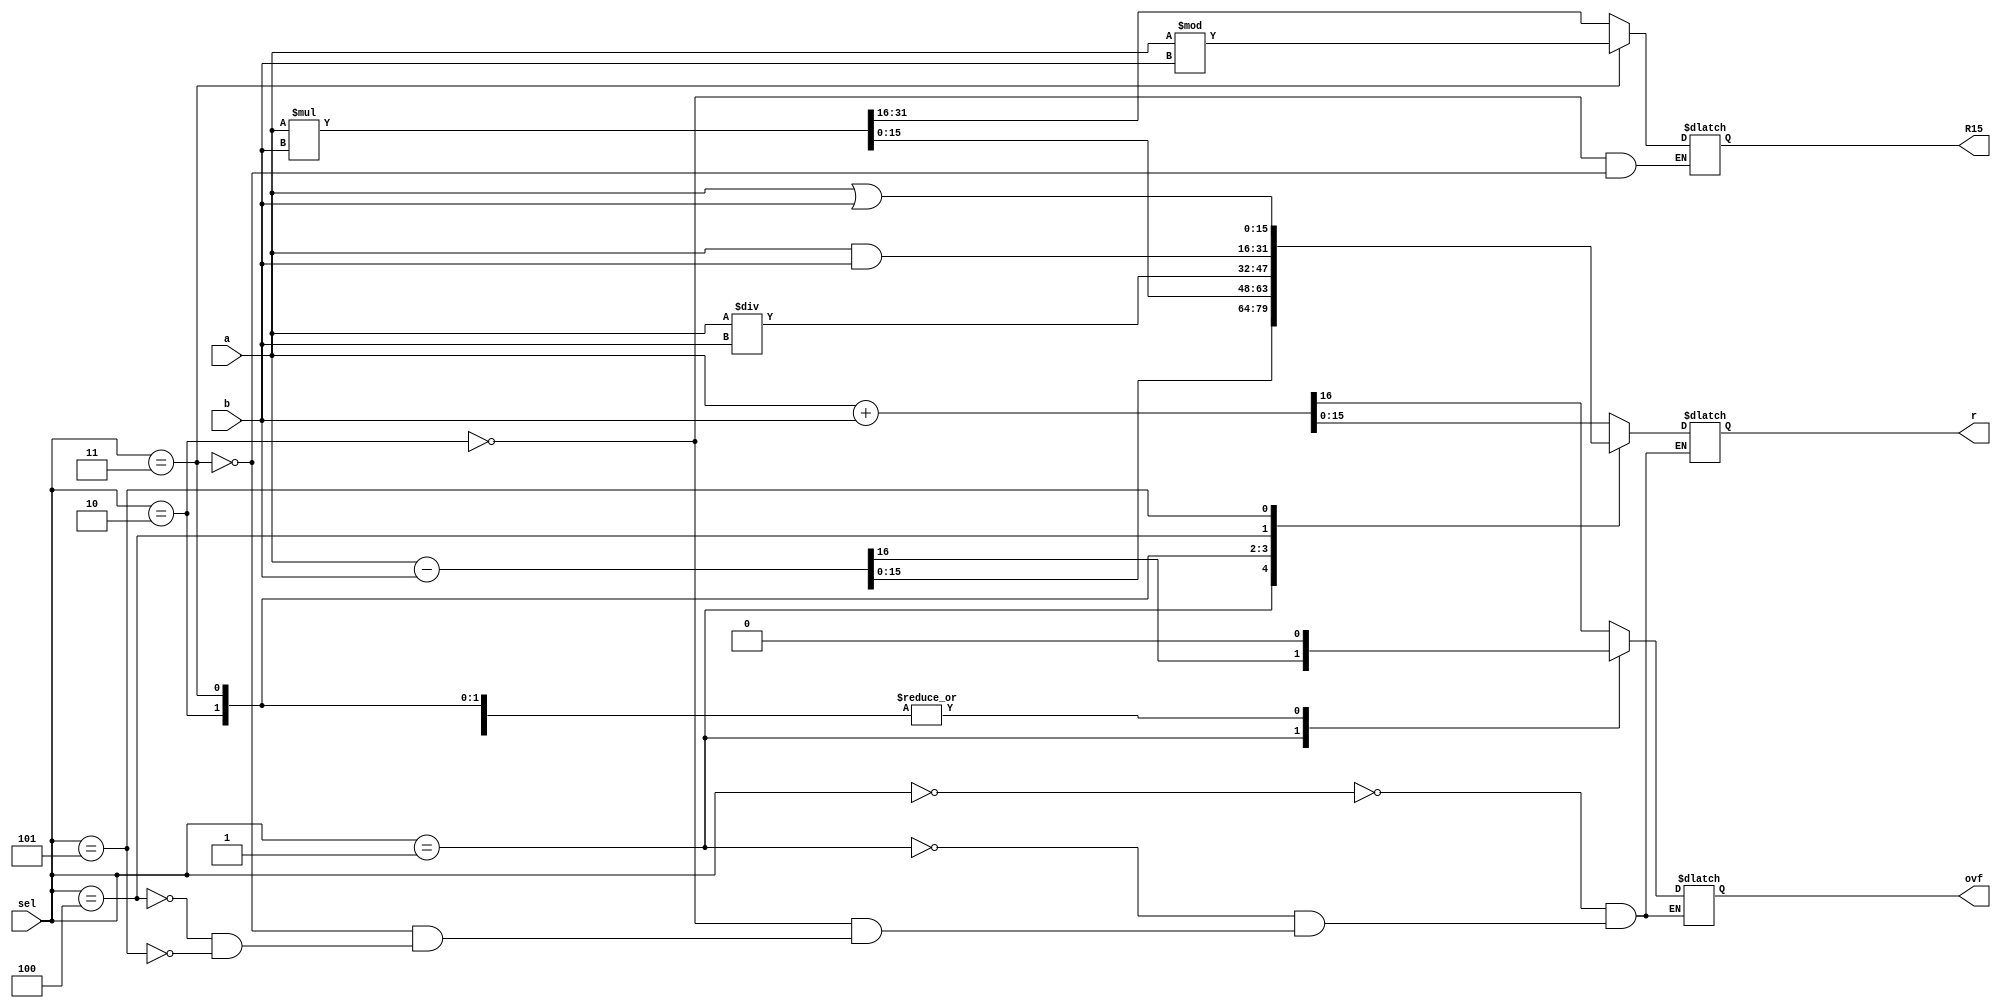
module ALU(input signed [15:0] a, b, input [2:0] sel, output reg signed [15:0] R15, r, output reg ovf);

	always @ (*) begin
		casex (sel)
  			 3'b000: begin
     			 ovf = 0;
     			 {ovf, r} = a + b;
  			 end

	  		 3'b001: begin
     			 ovf = 0;     
     			 {ovf, r} = a - b;
		         end

			 3'b010: begin
     			 ovf = 0;
      			 {R15, r} = a * b;
  			 end

		         3'b011: begin
     			 ovf = 0;
     			 r = a / b;
      			 R15 = a % b;
  			 end

			 3'b100: begin
			 ovf = 0;
     			 r = a & b;
   			 end

	  		 3'b101: begin
      			 ovf = 0;
    		 	 r = a | b;
                         end

		endcase
	end

endmodule